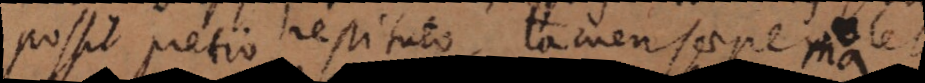
possit pretio restituto, tamen saepe volet